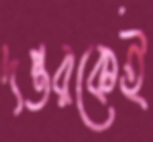
দপ্তরকেই